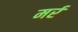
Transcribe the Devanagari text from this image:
मर्र